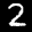
Label: 2